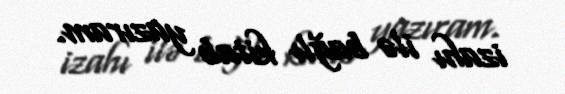
izahı ilə bağlı kitab yazıram.